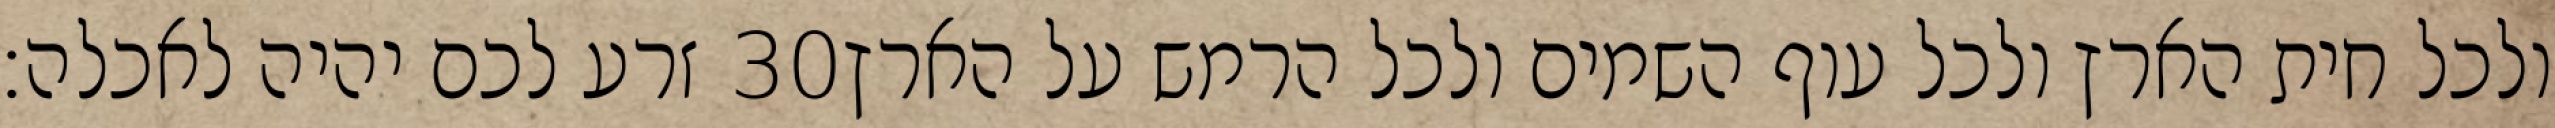
זרע לכם יהיה לאכלה׃ ‎30‏ ולכל חית הארץ ולכל עוף השמים ולכל הרמש על הארץ